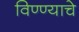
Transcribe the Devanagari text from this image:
विण्ण्याचे